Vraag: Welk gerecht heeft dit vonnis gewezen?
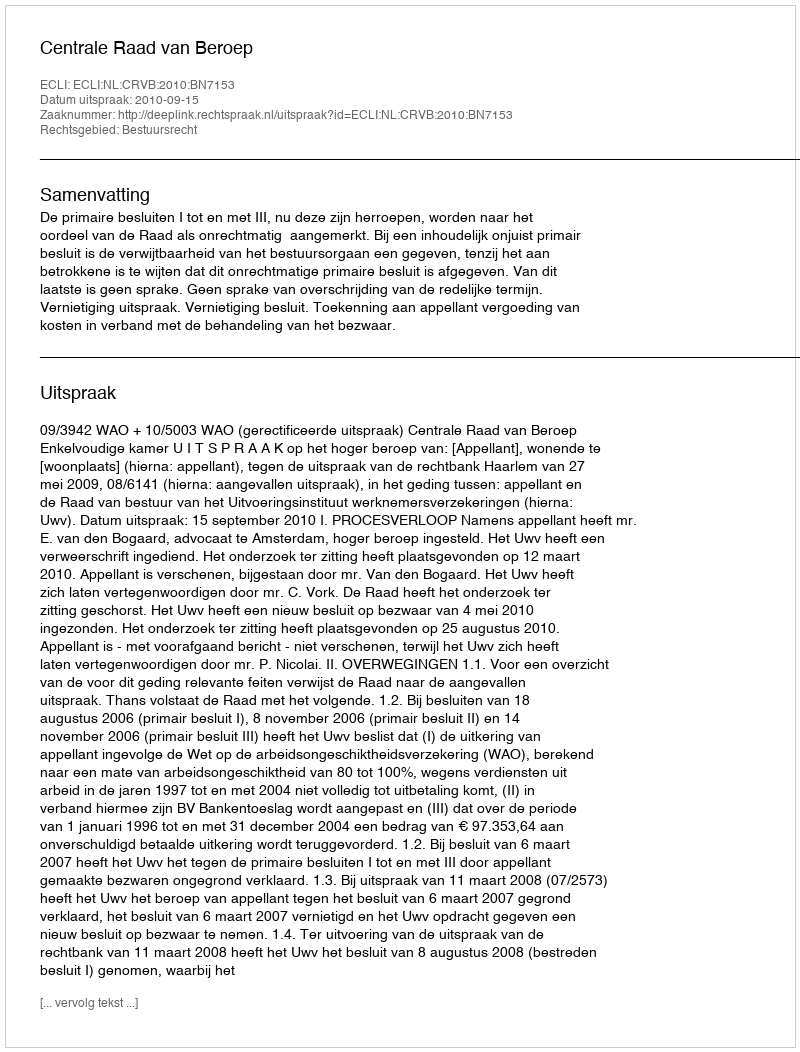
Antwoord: Centrale Raad van Beroep